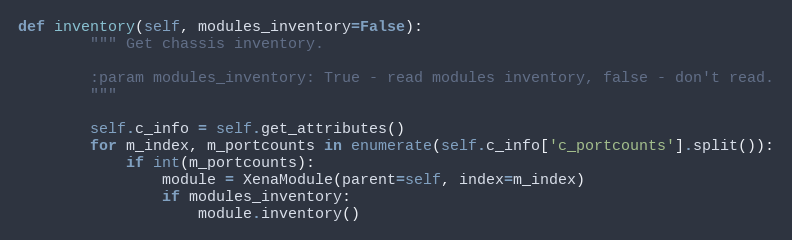
Language: Python
def inventory(self, modules_inventory=False):
        """ Get chassis inventory.

        :param modules_inventory: True - read modules inventory, false - don't read.
        """

        self.c_info = self.get_attributes()
        for m_index, m_portcounts in enumerate(self.c_info['c_portcounts'].split()):
            if int(m_portcounts):
                module = XenaModule(parent=self, index=m_index)
                if modules_inventory:
                    module.inventory()